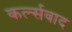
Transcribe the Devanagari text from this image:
कर्ल्सवाद